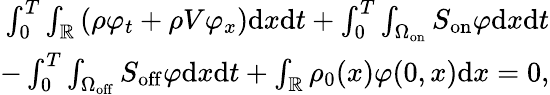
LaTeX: \begin{array}{r}{\int_{0}^{T}\int_{\mathbb{R}}\left(\rho\varphi_{t}+\rho V\varphi_{x}\right)\mathrm{d}x\mathrm{d}t+\int_{0}^{T}\int_{\Omega_{\mathrm{on}}}S_{\mathrm{on}}\varphi\mathrm{d}x\mathrm{d}t}\\ {-\int_{0}^{T}\int_{\Omega_{\mathrm{off}}}S_{\mathrm{off}}\varphi\mathrm{d}x\mathrm{d}t+\int_{\mathbb{R}}\rho_{0}(x)\varphi(0,x)\mathrm{d}x=0,}\end{array}